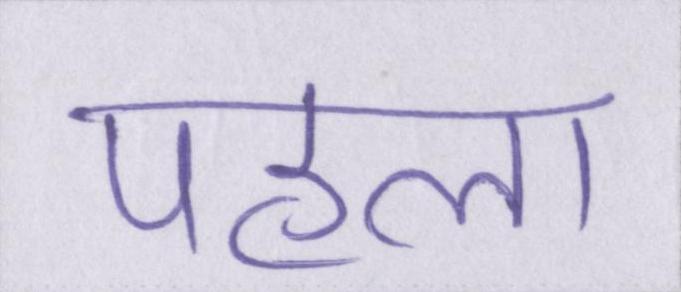
पहला